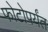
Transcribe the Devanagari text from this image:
फोटोपर्यंत